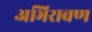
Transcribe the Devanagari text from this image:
अभिरावण